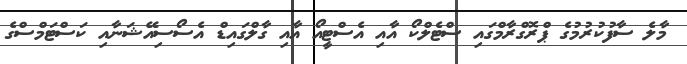
މާލެ ސާފުކުރުމުގެ ޕްރޮގްރާމްގައި ސްޓެލްކޯ އާއި އެސްޓީއޯ އާއި ގާލްގައިޑް އެސޯސިއޭޝަނާއި ކަސްޓަމްސްގެ